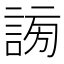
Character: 𧩂